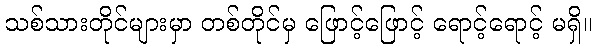
သစ်သားတိုင်များမှာ တစ်တိုင်မှ ဖြောင့်ဖြောင့် ရောင့်ရောင့် မရှိ။